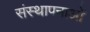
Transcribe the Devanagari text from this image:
संस्‍थापनाओं